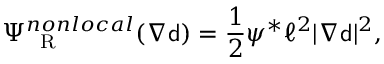
\Psi _ { \mathrm { ~ \tiny ~ R ~ } } ^ { n o n l o c a l } ( \nabla { \mathsf { d } } ) = \frac { 1 } { 2 } \psi ^ { * } \ell ^ { 2 } | \nabla { \mathsf { d } } | ^ { 2 } ,